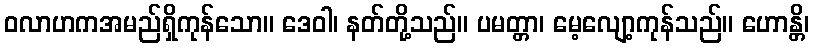
ဝလာဟကအမည်ရှိကုန်သော။ ဒေဝါ၊ နတ်တို့သည်။ ပမတ္တာ၊ မေ့လျော့ကုန်သည်။ ဟောန္တိ၊